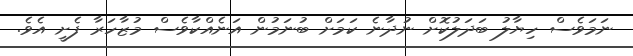
ނަމަވެސް ހިޔާލު ބަދަލުކޮށް ނުދާނެ ކަމަށް ބުނަމުން އަނެއްކާވެސް މުޒާހަރާ ފެށީ އެވެ.